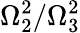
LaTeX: \Omega_{2}^{2}/\Omega_{3}^{2}